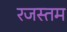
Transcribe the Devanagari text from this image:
रजस्तम